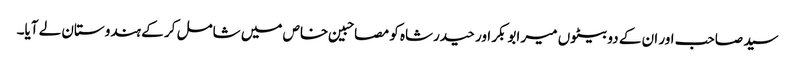
سید صاحب اور ان کے دو بیٹوں میر ابوبکر اور حیدرشاہ کو مصاحبین خاص میں شامل کر کے ہندوستان لے آیا۔